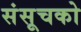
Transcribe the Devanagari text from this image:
संसूचको